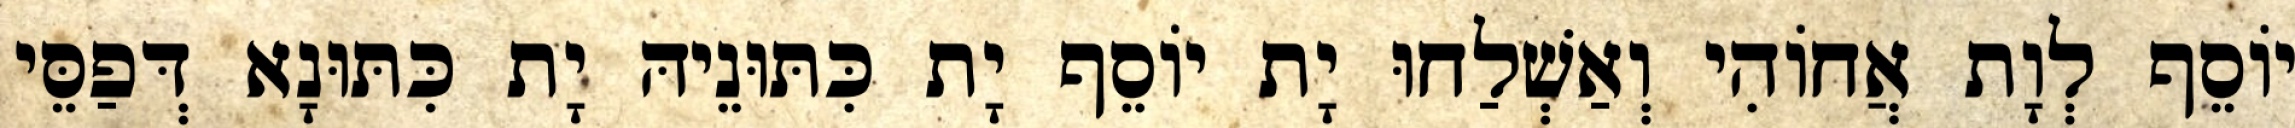
יוֹסֵף לְוָת אֲחוֹהִי וְאַשְׁלַחוּ יָת יוֹסֵף יָת כִּתּוּנֵיהּ יָת כִּתּוּנָא דְּפַסֵּי